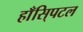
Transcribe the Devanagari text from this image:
हाँसि्पटल